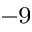
^ { - 9 }